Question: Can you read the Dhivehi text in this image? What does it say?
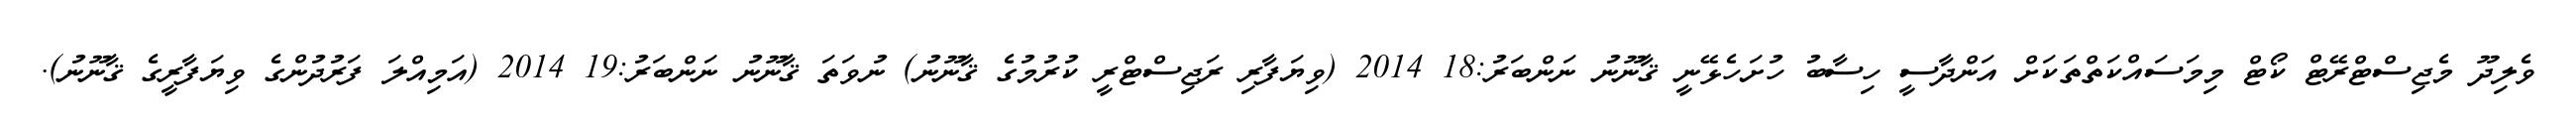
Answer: ވެލިދޫ މެޖިސްޓްރޭޓް ކޯޓް މިމަސައްކަތްތަކަށް އަންދާސީ ހިސާބު ހުށަހެޅޭނީ ޤާނޫނު ނަންބަރު:18 2014 (ވިޔަފާރި ރަޖިސްޓްރީ ކުރުމުގެ ޤާނޫނު) ނުވަތަ ޤާނޫނު ނަންބަރު:19 2014 (އަމިއްލަ ފަރުދުންގެ ވިޔަފާރީގެ ޤާނޫނު).